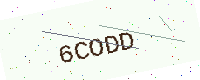
Text: 6CODD